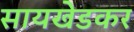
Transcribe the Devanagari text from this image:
सायखेडकर